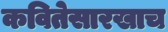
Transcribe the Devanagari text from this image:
कवितेसारखाच